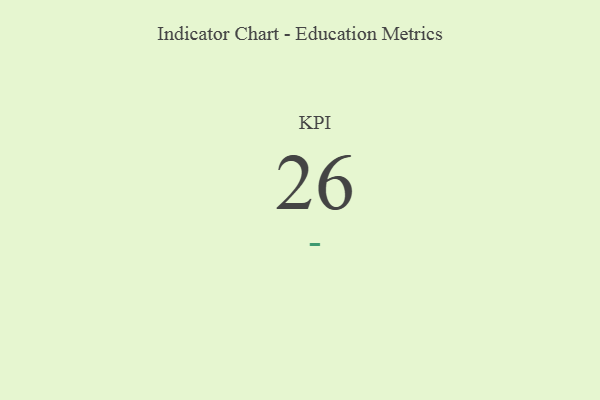
{"axis": {"x": "KPI", "y": "Value"}, "legend": [""], "data": [{"x": "KPI", "y": 26, "type": ""}]}